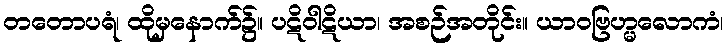
တတောပရံ၊ ထိုမှနောက်၌။ ပဋိဝါဋိယာ၊ အစဉ်အတိုင်း။ ယာဝဗြဟ္မလောကံ၊